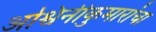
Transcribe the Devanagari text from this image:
अश्विनीकुमारांचा